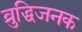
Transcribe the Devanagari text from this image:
व्रुद्धिजनक